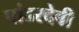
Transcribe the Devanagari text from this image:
पांढरदेवी